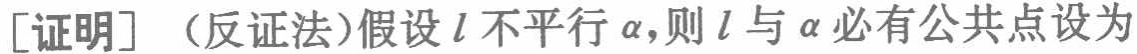
[证明]（反证法）假设\(l\)不平行\(\alpha\)，则\(l\)与\(\alpha\)必有公共点设为